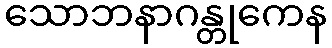
သောဘနာဂန္တုကေန